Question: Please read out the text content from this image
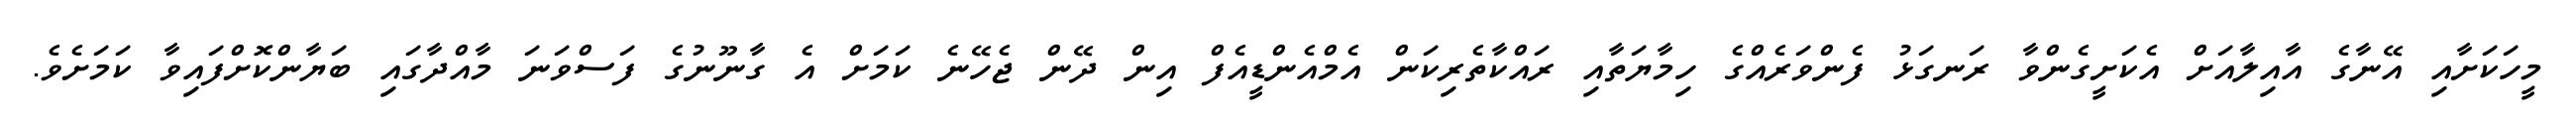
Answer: މީހަކަށާއި އޭނާގެ އާއިލާއަށް އެކަށީގެންވާ ރަނގަޅު ފެންވަރެއްގެ ހިމާޔަތާއި ރައްކާތެރިކަން އެމްއެންޑީއެފް އިން ދޭން ޖެހޭނެ ކަމަށް އެ ގާނޫނުގެ ފަސްވަނަ މާއްދާގައި ބަޔާންކޮށްފައިވާ ކަމަށެވެ.